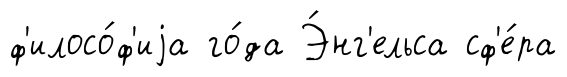
ф'илосо́ф'иjа го́да Э́нг'ельса сф'е́ра